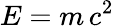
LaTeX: E=m\, c^{2}